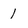
Character: 1